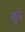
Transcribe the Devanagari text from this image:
कूये